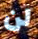
لن